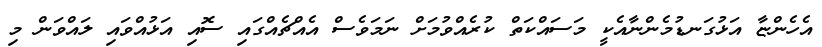
އެހެންޏާ އަޅުގަނޑުމެންނާއެކީ މަސައްކަތް ކުރެއްވުމަށް ނަމަވެސް އެއްޗެއްގައި ސޮއި އަޅުއްވައި ލައްވަން މި